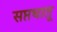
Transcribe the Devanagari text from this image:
सप्तधातू